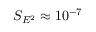
S _ { E ^ { 2 } } \approx 1 0 ^ { - 7 }